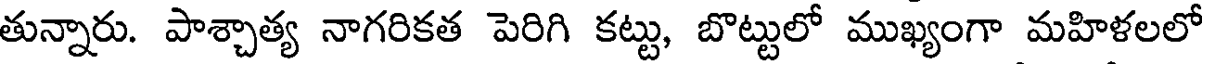
తున్నారు. పాశ్చాత్య నాగరికత పెరిగి కట్టు, బొట్టులో ముఖ్యంగా మహిళలలో